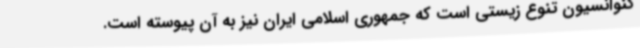
کنوانسیون تنوع زیستی است که جمهوری اسلامی ایران نیز به آن پیوسته است.